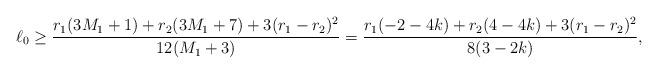
LaTeX: \begin{align*}\ell_0\ge\frac{r_1 (3 M_1+1)+r_2 (3 M_1+7)+3(r_1-r_2)^2}{12 (M_1+3)}=\frac{r_1 (-2-4k)+r_2 (4-4k)+3(r_1-r_2)^2}{8 (3-2k)},\end{align*}